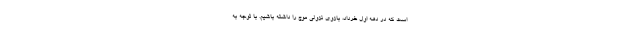
است که در دهه اول خرداد، بازوی نزولی موج را داشته باشیم. با توجه به